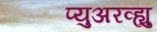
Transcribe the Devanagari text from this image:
प्युअरव्ह्यु